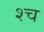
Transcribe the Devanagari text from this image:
श्‍च